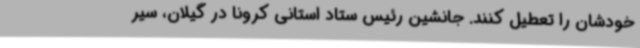
خودشان را تعطیل کنند. جانشین رئیس ستاد استانی کرونا در گیلان، سیر